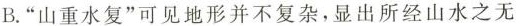
B.”山重水复”可见地形并不复杂，显出所经山水之无